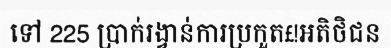
ទៅ 225 ប្រាក់រង្វាន់ការប្រកួត£!អតិថិជន